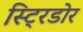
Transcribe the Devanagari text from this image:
स्ट्रिडोर